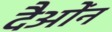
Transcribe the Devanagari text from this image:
दैओंन